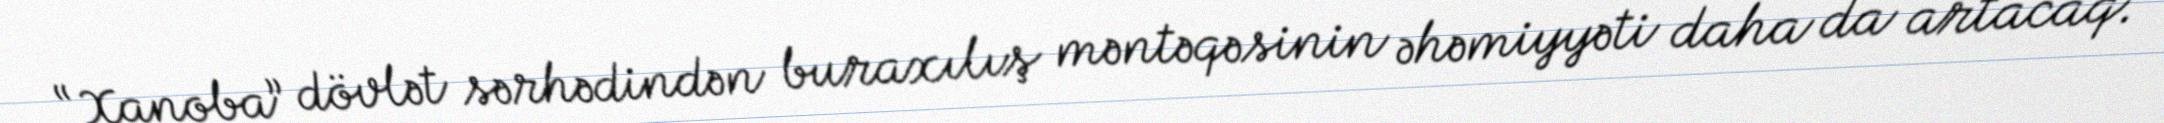
“Xanoba” dövlət sərhədindən buraxılış məntəqəsinin əhəmiyyəti daha da artacaq.